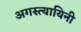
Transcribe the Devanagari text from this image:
अगस्त्यायिनी